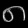
Digit: ၈